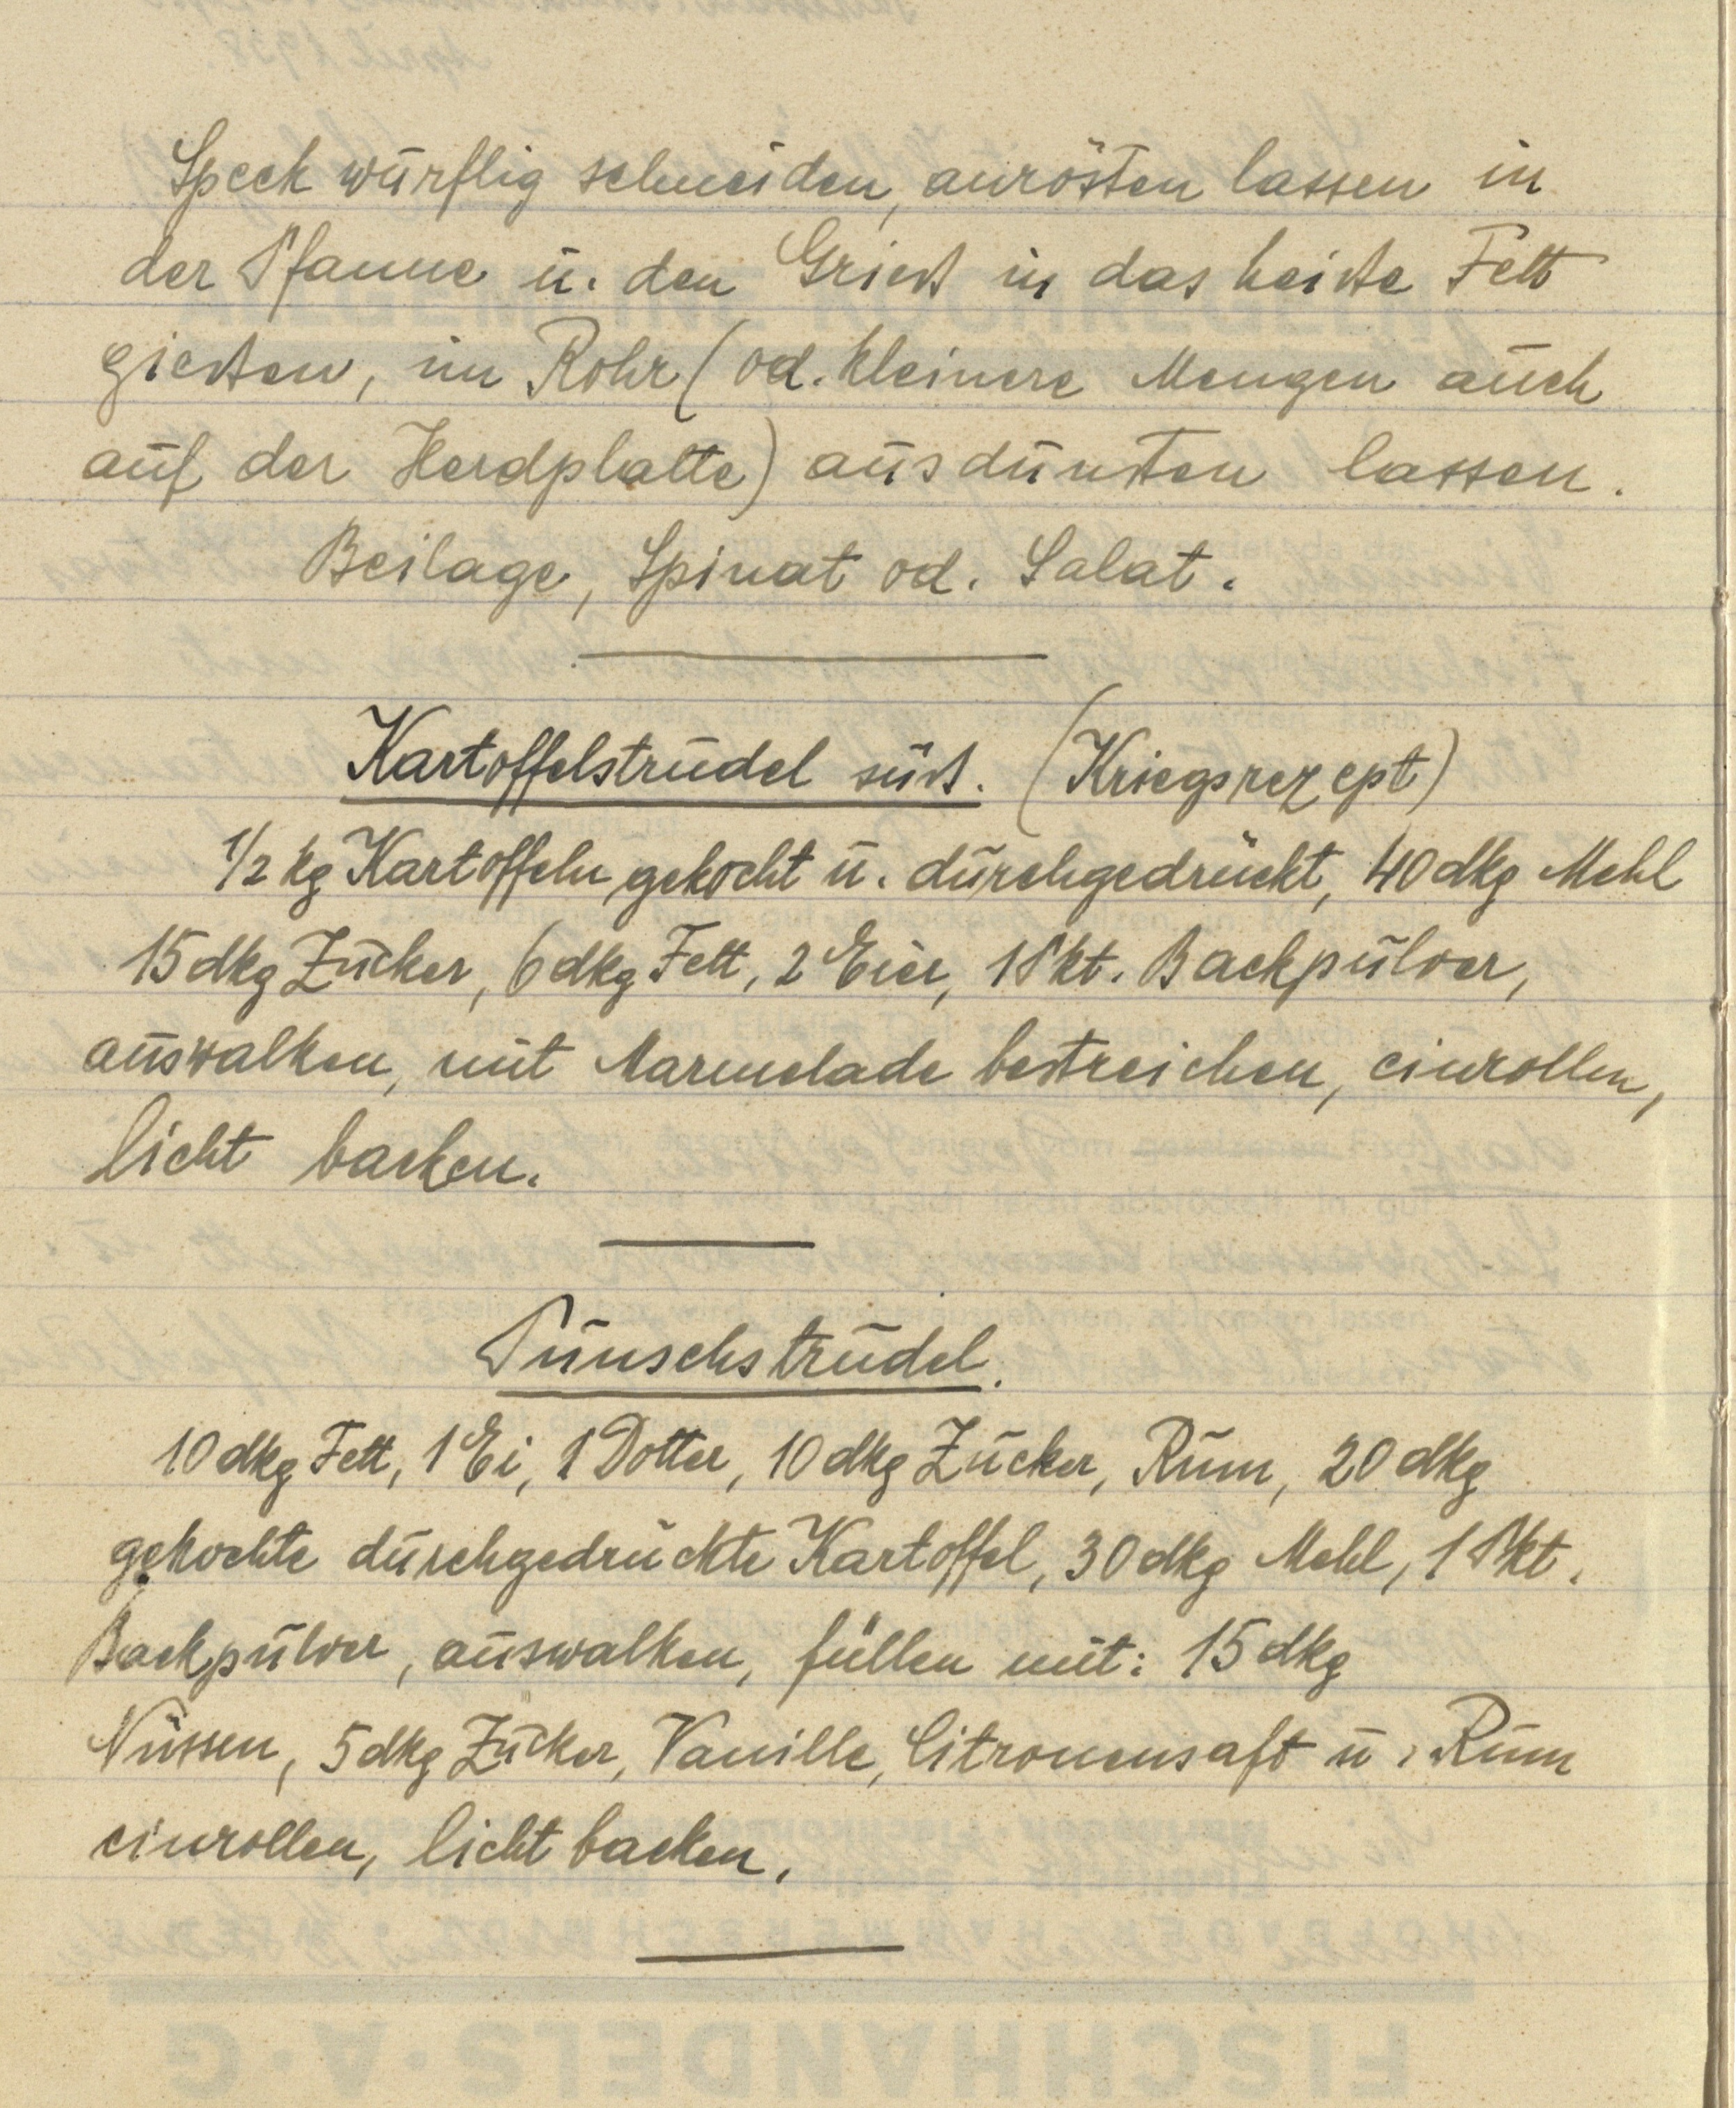
Speck würflig schneiden, anrösten lassen in
der Pfanne u. den Grieß in das heiße Fett
gießen, im Rohr (od. kleinere Mengen auch
auf der Herdplatte) ausdünsten lassen
Beilage, Spinat od. Salat.

Kartoffelstrudel süß. (Kriegsrezept)
½ kg Kartoffeln gekocht u. durchgedrückt, 40 dkg Mehl
15 dkg Zucker, 6 dkg Fett, 2 Eier, 1 Pkt. Backpulver,
auswalken, mit Marmelade bestreichen, einrollen,
licht backen.

Punschstrudel.
10 dkg fett, 1 Ei, 1 Dotter, 10 dkg Zucker, Rum, 20 dkg
gekochte durchgedrückte Kartoffel, 30 dkg Mehl, 1 Pkt.
Backpulver, auswalken, füllen mit: 15 dkg
Nüssen, 5 dkg Zucker, Vanille, Citronensaft u. Rum
einrollen, licht backen.